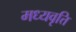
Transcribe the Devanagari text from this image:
मध्यवृत्ति